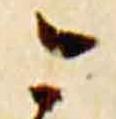
今